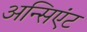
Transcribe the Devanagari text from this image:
अन्सिएंट